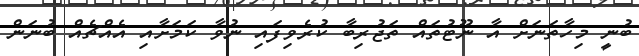
ބުނީ މިހާތަނަށް އާ ނޫޓުތައް ތަޖުރިބާ ކުރެވިފައި ނުވާ ކަމަށާއި އެއްޗެއް ބުނަން